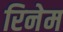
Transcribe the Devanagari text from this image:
रिनेम